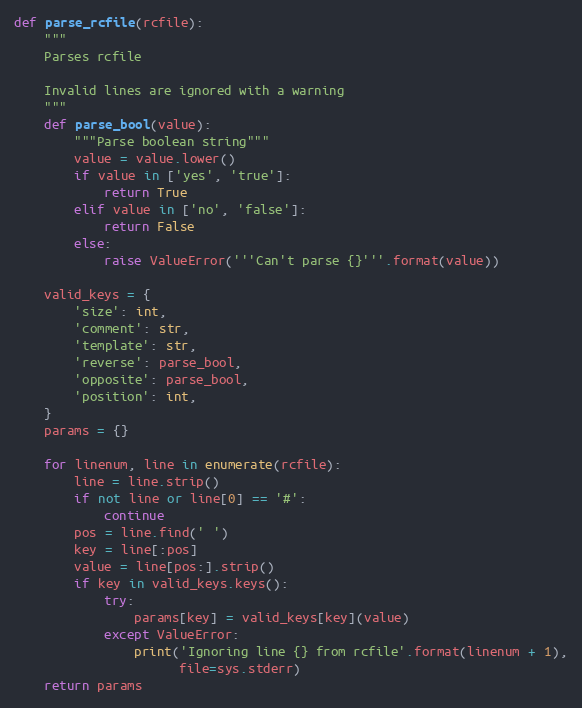
Language: Python
def parse_rcfile(rcfile):
    """
    Parses rcfile

    Invalid lines are ignored with a warning
    """
    def parse_bool(value):
        """Parse boolean string"""
        value = value.lower()
        if value in ['yes', 'true']:
            return True
        elif value in ['no', 'false']:
            return False
        else:
            raise ValueError('''Can't parse {}'''.format(value))

    valid_keys = {
        'size': int,
        'comment': str,
        'template': str,
        'reverse': parse_bool,
        'opposite': parse_bool,
        'position': int,
    }
    params = {}

    for linenum, line in enumerate(rcfile):
        line = line.strip()
        if not line or line[0] == '#':
            continue
        pos = line.find(' ')
        key = line[:pos]
        value = line[pos:].strip()
        if key in valid_keys.keys():
            try:
                params[key] = valid_keys[key](value)
            except ValueError:
                print('Ignoring line {} from rcfile'.format(linenum + 1),
                      file=sys.stderr)
    return params